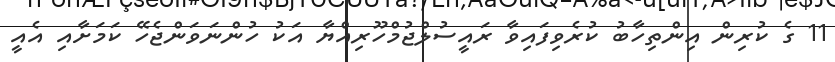
11 ގެ ކުރިން އިންތިހާބު ކުރެވިފައިވާ ރައީސުލްޖުމްހޫރިއްޔާ އަކު ހުންނަވަންޖެހޭ ކަމަށާއި އެއީ